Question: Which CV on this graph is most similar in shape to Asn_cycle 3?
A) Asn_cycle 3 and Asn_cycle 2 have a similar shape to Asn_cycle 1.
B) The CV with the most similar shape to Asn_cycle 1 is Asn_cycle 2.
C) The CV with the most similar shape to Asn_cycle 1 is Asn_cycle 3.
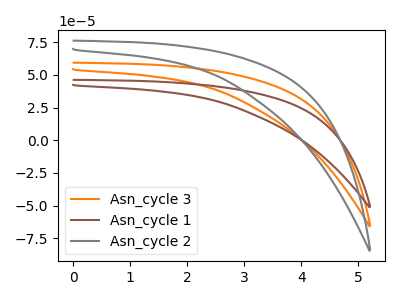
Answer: <think>The orange curve "Asn_cycle 3" has no peaks. The brown curve "Asn_cycle 1" has no peaks. The gray curve "Asn_cycle 2" has no peaks.
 Neither "Asn_cycle 3" or "Asn_cycle 1" have any peaks. Neither "Asn_cycle 3" or "Asn_cycle 2" have any peaks. Neither "Asn_cycle 1" or "Asn_cycle 2" have any peaks.</think>
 <answer>A) "Asn_cycle 3" and "Asn_cycle 2" have a similar shape to "Asn_cycle 1".</answer>
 <eval>A</eval>